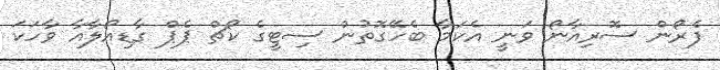
ފެރޯން ސޮރިއާނޯ ވަނީ އެކަމާ ބެހޭގޮތުން ސިޓީގެ ކޯޗް ޕެޕް ގާޑިއޯލާއާ ވާހަކަ